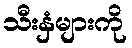
သီးနှံများကို